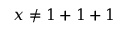
\, \! x \neq 1 + 1 + 1